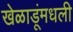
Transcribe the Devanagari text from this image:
खेळाडूंमधली